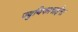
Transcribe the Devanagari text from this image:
ज्युथिकाबाईंना